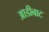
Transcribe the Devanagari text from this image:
आडीबाट